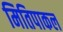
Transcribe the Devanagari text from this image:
मितिपाकल